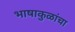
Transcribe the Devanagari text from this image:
भाषाकुळांचा